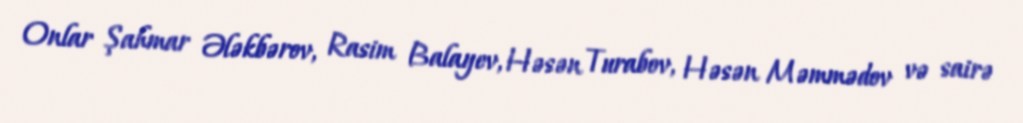
Onlar Şahmar Ələkbərov, Rasim Balayev, Həsən Turabov, Həsən Məmmədov və sairə